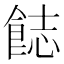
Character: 𩛣